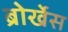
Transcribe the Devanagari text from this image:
ब्रोर्खेस